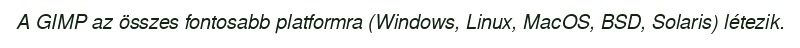
A GIMP az összes fontosabb platformra (Windows, Linux, MacOS, BSD, Solaris) létezik.